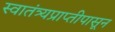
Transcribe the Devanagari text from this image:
स्वातंत्र्यप्राप्तीपासून